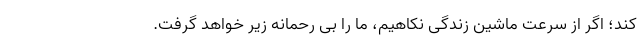
کند؛ اگر از سرعت ماشین زندگی نکاهیم، ما را بی رحمانه زیر خواهد گرفت.